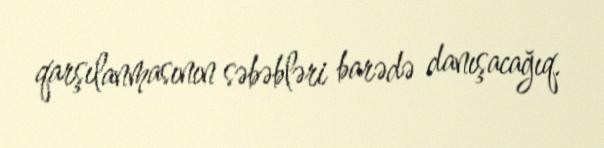
qarşılanmasının səbəbləri barədə danışacağıq.